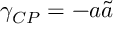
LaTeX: \gamma _ { C P } = - a \tilde { a }